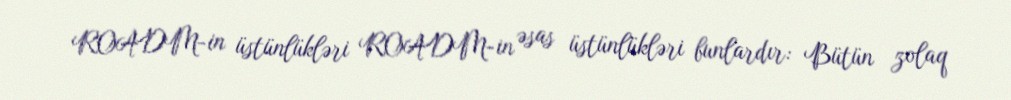
ROADM-in üstünlükləri ROADM-in əsas üstünlükləri bunlardır: Bütün zolaq